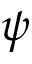
\psi